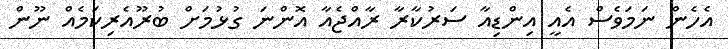
އެހެން ނަމަވެސް އެއީ އިންޑިއާ ސަރުކާރާ ރާއްޖެއާ އޮންނަ ގުޅުމަށް ބުރޫއެރިކަމެއް ނޫން